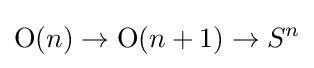
\operatorname {O} (n)\to \operatorname {O} (n+1)\to S^{n}